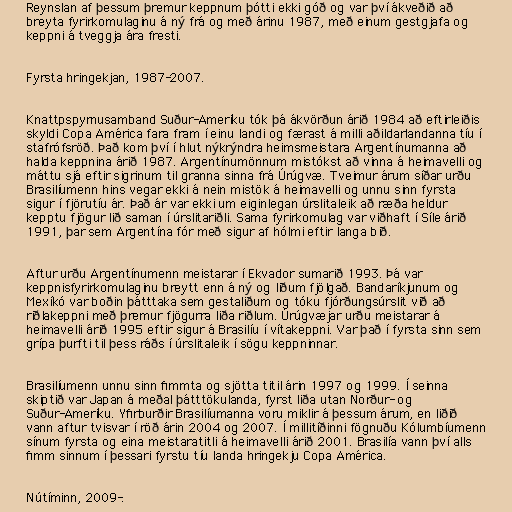
Reynslan af þessum þremur keppnum þótti ekki góð og var því ákveðið að
breyta fyrirkomulaginu á ný frá og með árinu 1987, með einum gestgjafa og
keppni á tveggja ára fresti.

Fyrsta hringekjan, 1987-2007.

Knattpspyrnusamband Suður-Ameríku tók þá ákvörðun árið 1984 að eftirleiðis
skyldi Copa América fara fram í einu landi og færast á milli aðildarlandanna tíu í
stafrófsröð. Það kom því í hlut nýkrýndra heimsmeistara Argentínumanna að
halda keppnina árið 1987. Argentínumönnum mistókst að vinna á heimavelli og
máttu sjá eftir sigrinum til granna sinna frá Úrúgvæ. Tveimur árum síðar urðu
Brasilíumenn hins vegar ekki á nein mistök á heimavelli og unnu sinn fyrsta
sigur í fjörutíu ár. Það ár var ekki um eiginlegan úrslitaleik að ræða heldur
kepptu fjögur lið saman í úrslitariðli. Sama fyrirkomulag var viðhaft í Síle árið
1991, þar sem Argentína fór með sigur af hólmi eftir langa bið.

Aftur urðu Argentínumenn meistarar í Ekvador sumarið 1993. Þá var
keppnisfyrirkomulaginu breytt enn á ný og liðum fjölgað. Bandaríkjunum og
Mexíkó var boðin þátttaka sem gestaliðum og tóku fjórðungsúrslit við að
riðlakeppni með þremur fjögurra liða riðlum. Úrúgvæjar urðu meistarar á
heimavelli árið 1995 eftir sigur á Brasilíu í vítakeppni. Var það í fyrsta sinn sem
grípa þurfti til þess ráðs í úrslitaleik í sögu keppninnar.

Brasilíumenn unnu sinn fimmta og sjötta titil árin 1997 og 1999. Í seinna
skiptið var Japan á meðal þátttökulanda, fyrst liða utan Norður- og
Suður-Ameríku. Yfirburðir Brasilíumanna voru miklir á þessum árum, en liðið
vann aftur tvisvar í röð árin 2004 og 2007. Í millitíðinni fögnuðu Kólumbíumenn
sínum fyrsta og eina meistaratitli á heimavelli árið 2001. Brasilía vann því alls
fimm sinnum í þessari fyrstu tíu landa hringekju Copa América.

Nútíminn, 2009-.